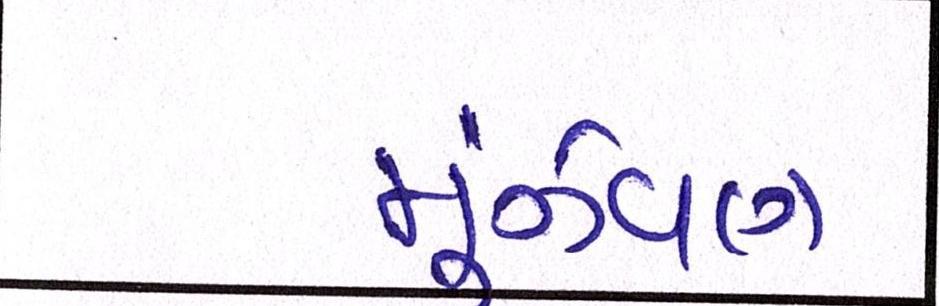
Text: મૂંઝવણ